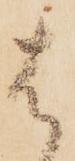
は